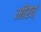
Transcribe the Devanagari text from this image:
मीरर्त्त्